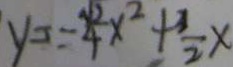
y = \frac { \sqrt { 2 } } { 4 } x ^ { 2 } + \frac { 3 } { 2 } x